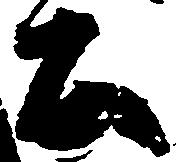
公